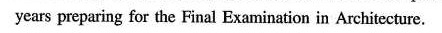
years preparing for the Final Examination in Architecture.